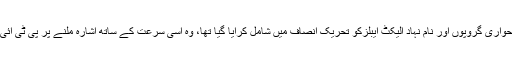
2018ء کے عام انتخابات سے قبل مسلم لیگ (ن) اور پیپلز پارٹی کے علاوہ بعض حواری گروپوں اور نام نہاد الیکٹ ایبلزکو تحریک انصاف میں شامل کرایا گیا تھا، وہ اسی سرعت کے ساتھ اشارہ ملنے پر پی ٹی آئی کوچھوڑ سکتے ہیں جس تیز رفتاری سے انھوں نے اپنی پارٹیوں کو خیربادکہا تھا۔